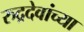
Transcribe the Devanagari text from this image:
रुद्रदेवांच्या